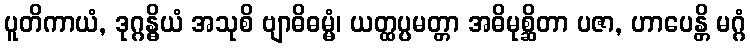
ပူတိကာယံ, ဒုဂ္ဂန္ဓိယံ အသုစိ ဗျာဓိဓမ္မံ၊ ယတ္ထပ္ပမတ္တာ အဓိမုစ္ဆိတာ ပဇာ, ဟာပေန္တိ မဂ္ဂံ